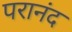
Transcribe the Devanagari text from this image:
परानंद